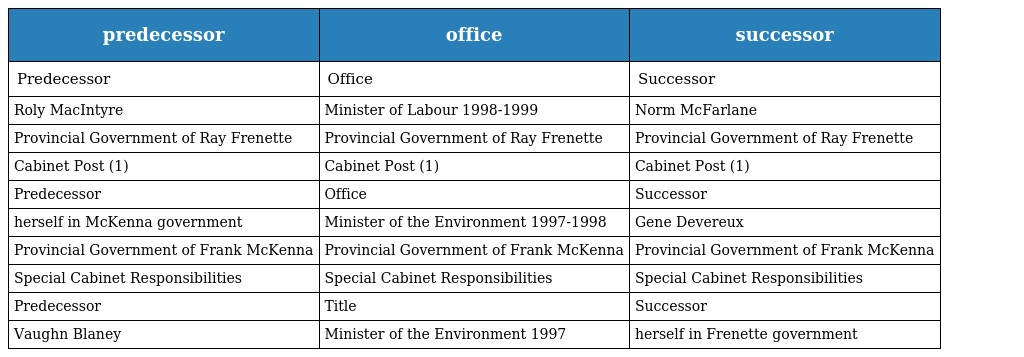
| predecessor | office | successor |
 | --- | --- | --- |
 | Predecessor | Office | Successor |
 | Roly MacIntyre | Minister of Labour 1998-1999 | Norm McFarlane |
 | Provincial Government of Ray Frenette | Provincial Government of Ray Frenette | Provincial Government of Ray Frenette |
 | Cabinet Post (1) | Cabinet Post (1) | Cabinet Post (1) |
 | Predecessor | Office | Successor |
 | herself in McKenna government | Minister of the Environment 1997-1998 | Gene Devereux |
 | Provincial Government of Frank McKenna | Provincial Government of Frank McKenna | Provincial Government of Frank McKenna |
 | Special Cabinet Responsibilities | Special Cabinet Responsibilities | Special Cabinet Responsibilities |
 | Predecessor | Title | Successor |
 | Vaughn Blaney | Minister of the Environment 1997 | herself in Frenette government |